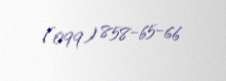
(099) 858-65-66